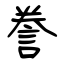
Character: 誊